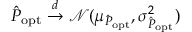
\hat { P } _ { \mathrm { o p t } } \overset { d } { \to } \mathcal N ( \mu _ { \hat { P } _ { \mathrm { o p t } } } , \sigma _ { \hat { P } _ { \mathrm { o p t } } } ^ { 2 } )